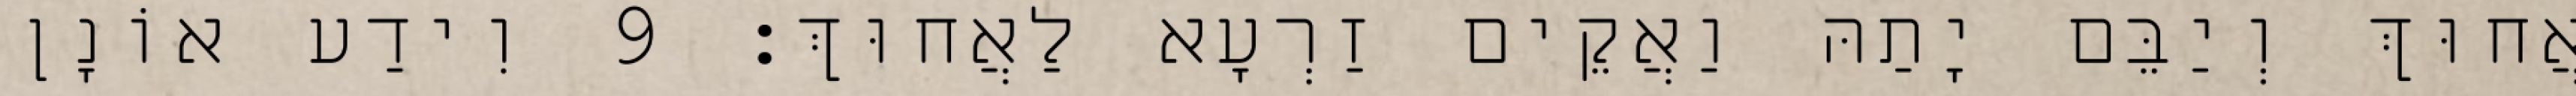
אֲחוּךְ וְיַבֵּם יָתַהּ וַאֲקֵים זַרְעָא לַאֲחוּךְ׃ 9 וִידַע אוֹנָן